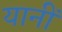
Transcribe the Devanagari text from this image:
यानीं